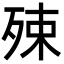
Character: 殐